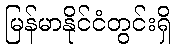
မြန်မာနိုင်ငံတွင်းရှိ